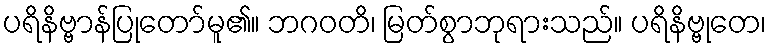
ပရိနိဗ္ဗာန်ပြုတော်မူ၏။ ဘဂဝတိ၊ မြတ်စွာဘုရားသည်။ ပရိနိဗ္ဗုတေ၊